Indian journal of veterinary science and animal husbandry - Volume 6,
Year: 1936
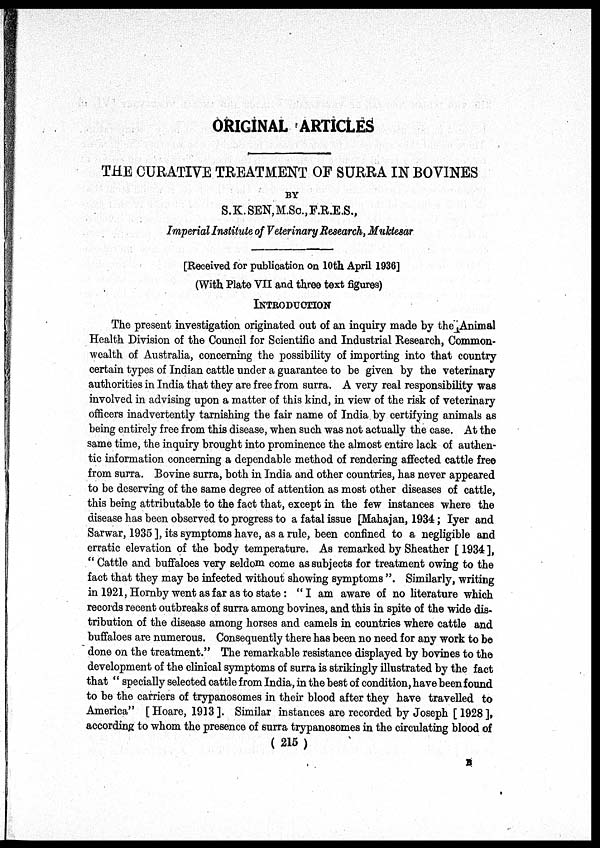
ORIGINAL ARTICLES
THE CURATIVE TREATMENT OF SURRA IN BOVINES
BY
S.K. SEN, M.Sc., F.R.E.S.,
Imperial Institute of Veterinary Research, Muktesar
[Received for publication on 10th April 1936]
(With Plate VII and three text figures)
INTRODUCTION
The present investigation originated out of an inquiry made by the Animal
Health Division of the Council for Scientific and Industrial Research, Common-
wealth of Australia, concerning the possibility of importing into that country
certain types of Indian cattle under a guarantee to be given by the veterinary
authorities in India that they are free from surra. A very real responsibility was
involved in advising upon a matter of this kind, in view of the risk of veterinary
officers inadvertently tarnishing the fair name of India by certifying animals as
being entirely free from this disease, when such was not actually the case. At the
same time, the inquiry brought into prominence the almost entire lack of authen-
tic information concerning a dependable method of rendering affected cattle free
from surra. Bovine surra, both in India and other countries, has never appeared
to be deserving of the same degree of attention as most other diseases of cattle,
this being attributable to the fact that, except in the few instances where the
disease has been observed to progress to a fatal issue [Mahajan, 1934; Iyer and
Sarwar, 1935 ], its symptoms have, as a rule, been confined to a negligible and
erratic elevation of the body temperature. As remarked by Sheather [ 1934 ],
" Cattle and buffaloes very seldom come as subjects for treatment owing to the
fact that they may be infected without showing symptoms ". Similarly, writing
in 1921, Hornby went as far as to state : "I am aware of no literature which
records recent outbreaks of surra among bovines, and this in spite of the wide dis-
tribution of the disease among horses and camels in countries where cattle and
buffaloes are numerous. Consequently there has been no need for any work to be
done on the treatment." The remarkable resistance displayed by bovines to the
development of the clinical symptoms of surra is strikingly illustrated by the fact
that " specially selected cattle from India, in the best of condition, have been found
to be the carriers of trypanosomes in their blood after they have travelled to
America" [Hoare, 1913]. Similar instances are recorded by Joseph [ 1928 ],
according to whom the presence of surra trypanosomes in the circulating blood of
( 215 )